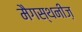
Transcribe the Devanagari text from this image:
मैगस्थनीज़